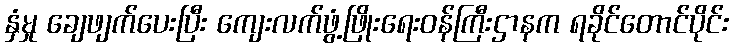
နှံမှု ချေဖျက်ပေးပြီး ကျေးလက်ဖွံ့ဖြိုးရေးဝန်ကြီးဌာနက ရခိုင်တောင်ပိုင်း